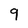
Character: 9